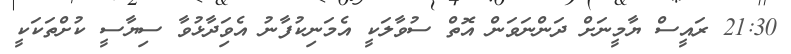
21:30 ރައީސް ޔާމީނަށް ދަންނަވަން އޮތް ސުވާލަކީ އެމަނިކުފާނު އެވަިދާޅުވާ ސިޔާސީ ކުށްތަކަކީ